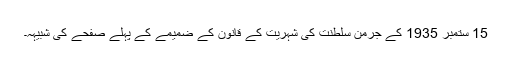
15 ستمبر 1935 کے جرمن سلطنت کی شہریت کے قانون کے ضمیمے کے پہلے صفحے کی شبیہہ۔